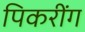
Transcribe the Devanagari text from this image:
पिकरींग